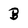
Character: B